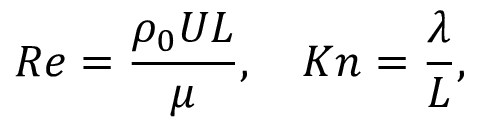
R e = \frac { \rho _ { 0 } U L } { \mu } , \quad K n = \frac { \lambda } { L } ,